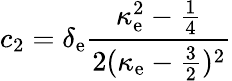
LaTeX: c_{2}=\delta_{\mathrm{e}}\frac{{\kappa_{\mathrm{e}}^{2}-\frac{{1}}{{4}}}}{{2(\kappa_{\mathrm{e}}-\frac{{3}}{{2}})^{2}}}